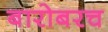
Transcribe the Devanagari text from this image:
बारोबरच